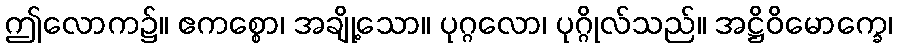
ဤလောက၌။ ဧကစ္စော၊ အချို့သော။ ပုဂ္ဂလော၊ ပုဂ္ဂိုလ်သည်။ အဋ္ဌိဝိမောက္ခေ၊